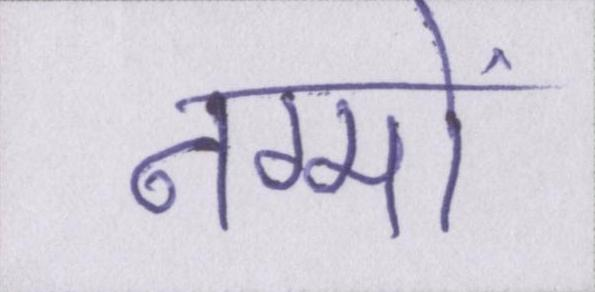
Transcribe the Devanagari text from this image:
नग्मों